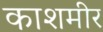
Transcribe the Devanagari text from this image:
काशमीर